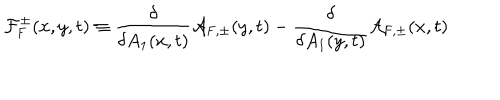
{ \cal F } _ { \mathrm { F } } ^ { \pm } ( x , y , t ) \equiv \frac { \delta } { \delta A _ { 1 } ( x , t ) } { \cal A } _ { \mathrm { F } , \pm } ( y , t ) - \frac { \delta } { \delta A _ { 1 } ( y , t ) } { \cal A } _ { \mathrm { F } , \pm } ( x , t )